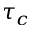
\tau _ { c }